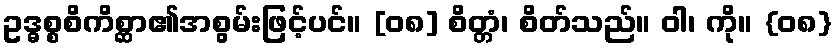
ဥဒ္ဓစ္စစိကိစ္ဆာ၏အစွမ်းဖြင့်ပင်။ [၀၈] စိတ္တံ၊ စိတ်သည်။ ဝါ၊ ကို။ {၀၈}